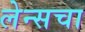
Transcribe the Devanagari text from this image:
लेन्सचा